Lunatic asylums Punjab 1881-1894 - 1881-1894
Year: 1881
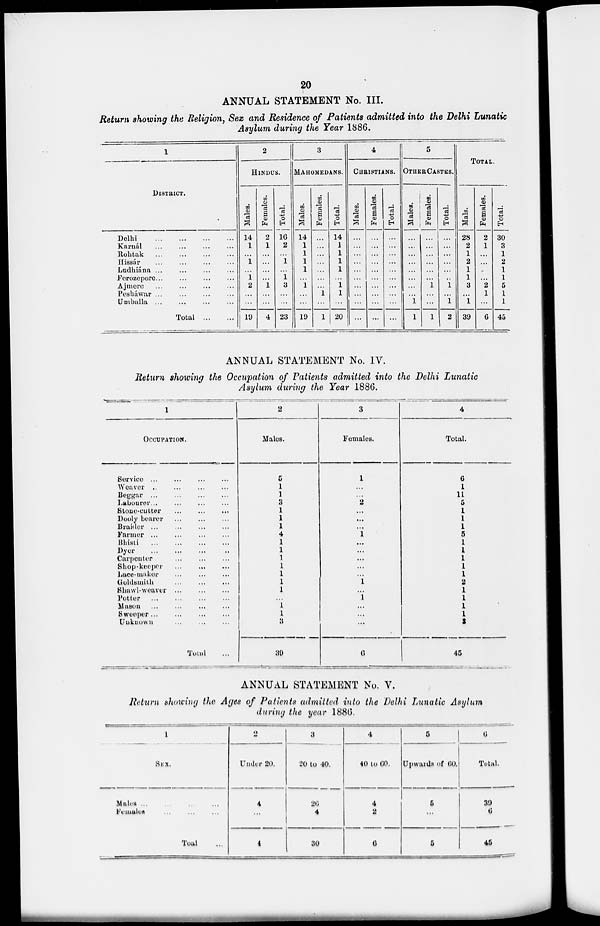
20
ANNUAL STATEMENT No. III.
Return showing the Religion, Sex and Residence of Patients admitted into the Delhi Lunatic
Asylum during the Year 1886.
1
DlSTRICT.
Delhi
...
...
...
Karnál
...
...
...
Rohtak ... ... ...
Hissár
...
...
...
Ludhiána
...
...
...
Ferozepore
...
...
...
Ajmere
...
...
...
Pesháwar
...
...
...
Umballa
...
...
...
Total
...
...
2
HINDUS.
Males.
14
1
...
1
...
1
2
...
...
19
Females.
2
1
...
...
...
...
1
...
...
4
Total.
16
2
...
1
...
1
3
...
...
23
3
MAHOMEDANS.
Males.
14
1
1
1
1
...
1
...
...
19
Females.
...
...
...
...
...
...
...
1
...
1
Total.
14
1
1
1
1
...
1
1
...
20
4
CHRISTIANS.
Males.
...
...
...
...
...
...
...
...
...
...
Females.
...
...
...
...
...
...
...
...
...
...
Total.
...
...
...
...
...
...
...
...
...
...
5
OTHER CASTES.
Males.
...
...
...
...
...
...
...
...
1
1
Females.
...
...
...
...
...
...
1
...
...
1
Total.
...
...
...
...
...
...
1
...
1
2
TOTAL.
Mals.
28
2
1
2
1
1
3
...
1
39
Females.
2
1
...
...
..
...
2
1
...
6
Total.
30
3
1
2
1
1
5
1
1
45
ANNUAL STATEMENT No. IV.
Return showing the Occupation of Patients admitted into the Delhi Lunatic
Asylum during the Year 1886.
1
OCCUPATION.
Service
...
...
...
Weaver
...
...
...
Beggar
...
...
...
Labourer
...
...
...
Stone-cutter
...
...
...
Dooly bearer
...
...
...
Braider ... ... ...
Farmer
...
...
...
Bhisti
...
...
...
Dyer
...
...
...
Carpenter
...
...
...
Shop-keeper
...
...
...
Lace-maker
...
...
...
Goldsmith
...
...
...
Shawl- weaver
...
...
...
Potter
...
...
...
Mason
...
...
...
Sweeper
...
...
...
Unknown
...
...
...
Total ...
2
Males.
5
1
11
3
1
1
1
4
1
1
1
1
1
1
1
...
1
1
3
39
3
Females.
1
...
...
2
...
...
...
1
...
...
...
...
...
1
...
1
...
...
...
6
4
Total.
6
1
11
5
1
1
1
5
1
1
1
1
1
2
1
1
1
1
3
45
ANNUAL STATEMENT No. V.
Return showing the Ages of Patients admitted into the Delhi Lunatic Asylum
during the year 1886.
1
SEX.
Males
...
...
...
Females
...
...
...
Total ...
2
Under 20.
4
...
4
3
20 to 40.
26
4
30
4
40 to 60.
4
2
6
5
Upwards of 60.
5
...
5
6
Total.
39
6
45